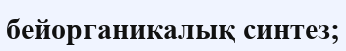
бейорганикалық синтез;